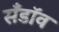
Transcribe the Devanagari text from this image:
सँडॉव